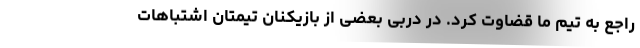
راجع به تیم ما قضاوت کرد. در دربی بعضی از بازیکنان تیمتان اشتباهات